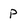
Character: P